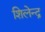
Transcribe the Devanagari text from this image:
शिलेन्द्र